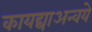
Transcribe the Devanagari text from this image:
कायद्याअन्वये